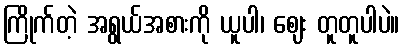
ကြိုက်တဲ့ အရွယ်အစားကို ယူပါ၊ ဈေး တူတူပါပဲ။